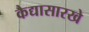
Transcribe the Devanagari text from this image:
कैद्यासारखे